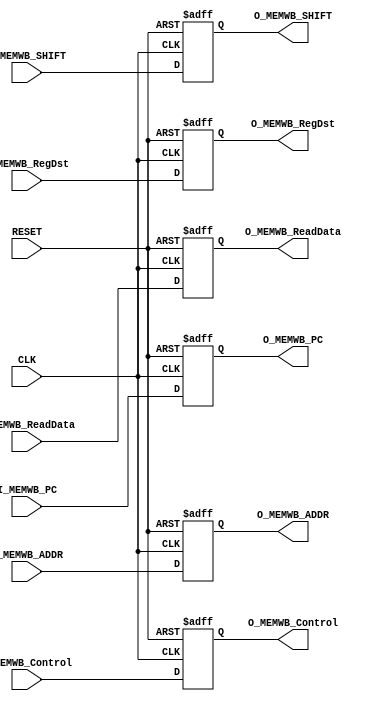
`timescale 1ns / 1ps
//////////////////////////////////////////////////////////////////////////////////
// Company: 
// Engineer: 
// 
// Design Name: 
// Module Name:    MEM_WB 
// Project Name: 
// Target Devices: 
// Tool versions: 
// Description: 
//
// Dependencies: 
//
// Revision: 
// Revision 0.01 - File Created
// Additional Comments: 
//
//////////////////////////////////////////////////////////////////////////////////
module MEM_WB(
input CLK,
input RESET,
input [19:0] I_MEMWB_Control,
input [31:0] I_MEMWB_ReadData,
input [31:0] I_MEMWB_ADDR,
input [4:0] I_MEMWB_RegDst,
input [31:0] I_MEMWB_PC,
input [31:0] I_MEMWB_SHIFT,


output reg [19:0] O_MEMWB_Control,
output reg [31:0] O_MEMWB_ReadData,
output reg [31:0] O_MEMWB_ADDR,
output reg [4:0] O_MEMWB_RegDst,
output reg [31:0] O_MEMWB_PC,
output reg [31:0] O_MEMWB_SHIFT
    );

always @(posedge CLK, posedge RESET)
begin
	if(RESET)
	begin
		O_MEMWB_Control<=0;
		O_MEMWB_ReadData<=0;
		O_MEMWB_ADDR<=0;
		O_MEMWB_RegDst<=0;
		O_MEMWB_PC<=0;
		O_MEMWB_SHIFT<=0;
		
	end
	else
		begin
			O_MEMWB_Control<=I_MEMWB_Control;
			O_MEMWB_ReadData<=I_MEMWB_ReadData;
			O_MEMWB_ADDR<=I_MEMWB_ADDR;
			O_MEMWB_RegDst<=I_MEMWB_RegDst;
			O_MEMWB_PC<=I_MEMWB_PC;
			O_MEMWB_SHIFT<=I_MEMWB_SHIFT;
		end
end

endmodule